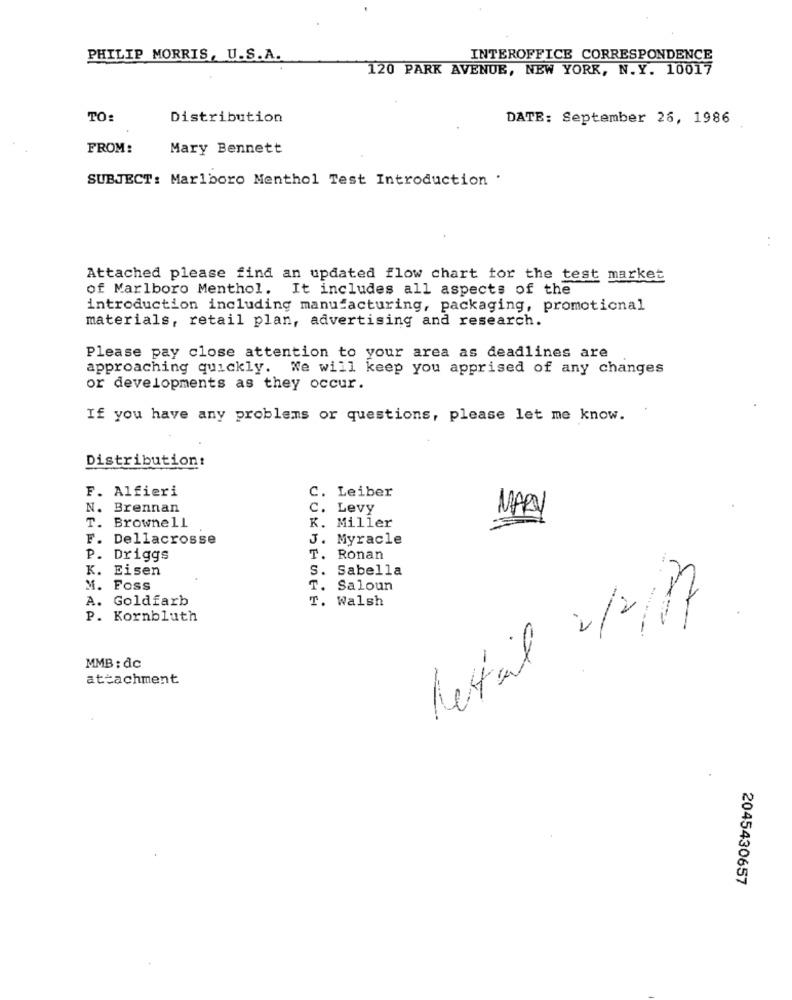
PHILIP MORRIS, U.S.A.
INTEROFFICE CORRESPONDENCE
120 PARK AVENUE, NEW YORK, N.Y. 10017
TO:
Distribution
DATE: September 26, 1986
FROM:
Mary Bennett
SUBJECT: Marlboro Menthol Test Introduction .
..
Attached please find an updated flow chart for the test market
of Marlboro Menthol. It includes all aspects of the
introduction including manufacturing, packaging, promotional
materials, retail plan, advertising and research.
Please pay close attention to your area as deadlines are
approaching quickly. We will keep you apprised of any changes
or developments as they occur.
If you have any problems or questions, please let me know.
Distribution:
F. Alfieri
C. Leiber
N. Brennan
C. Levy
T. Brownell
MARY
K. Miller
F. Dellacrosse
J. Myracle
P. Driggs
T. Ronan
K. Eisen
S. Sabella
M. Foss
T. Saloun
A. Goldfarb
T. Walsh
Retail 0/2/17
P. Kornbluth
MMB : dc
attachment
2045430657